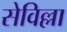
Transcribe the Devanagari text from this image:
सेविल्ला